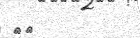
١٣